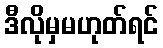
ဒီလိုမှမဟုတ်ရင်